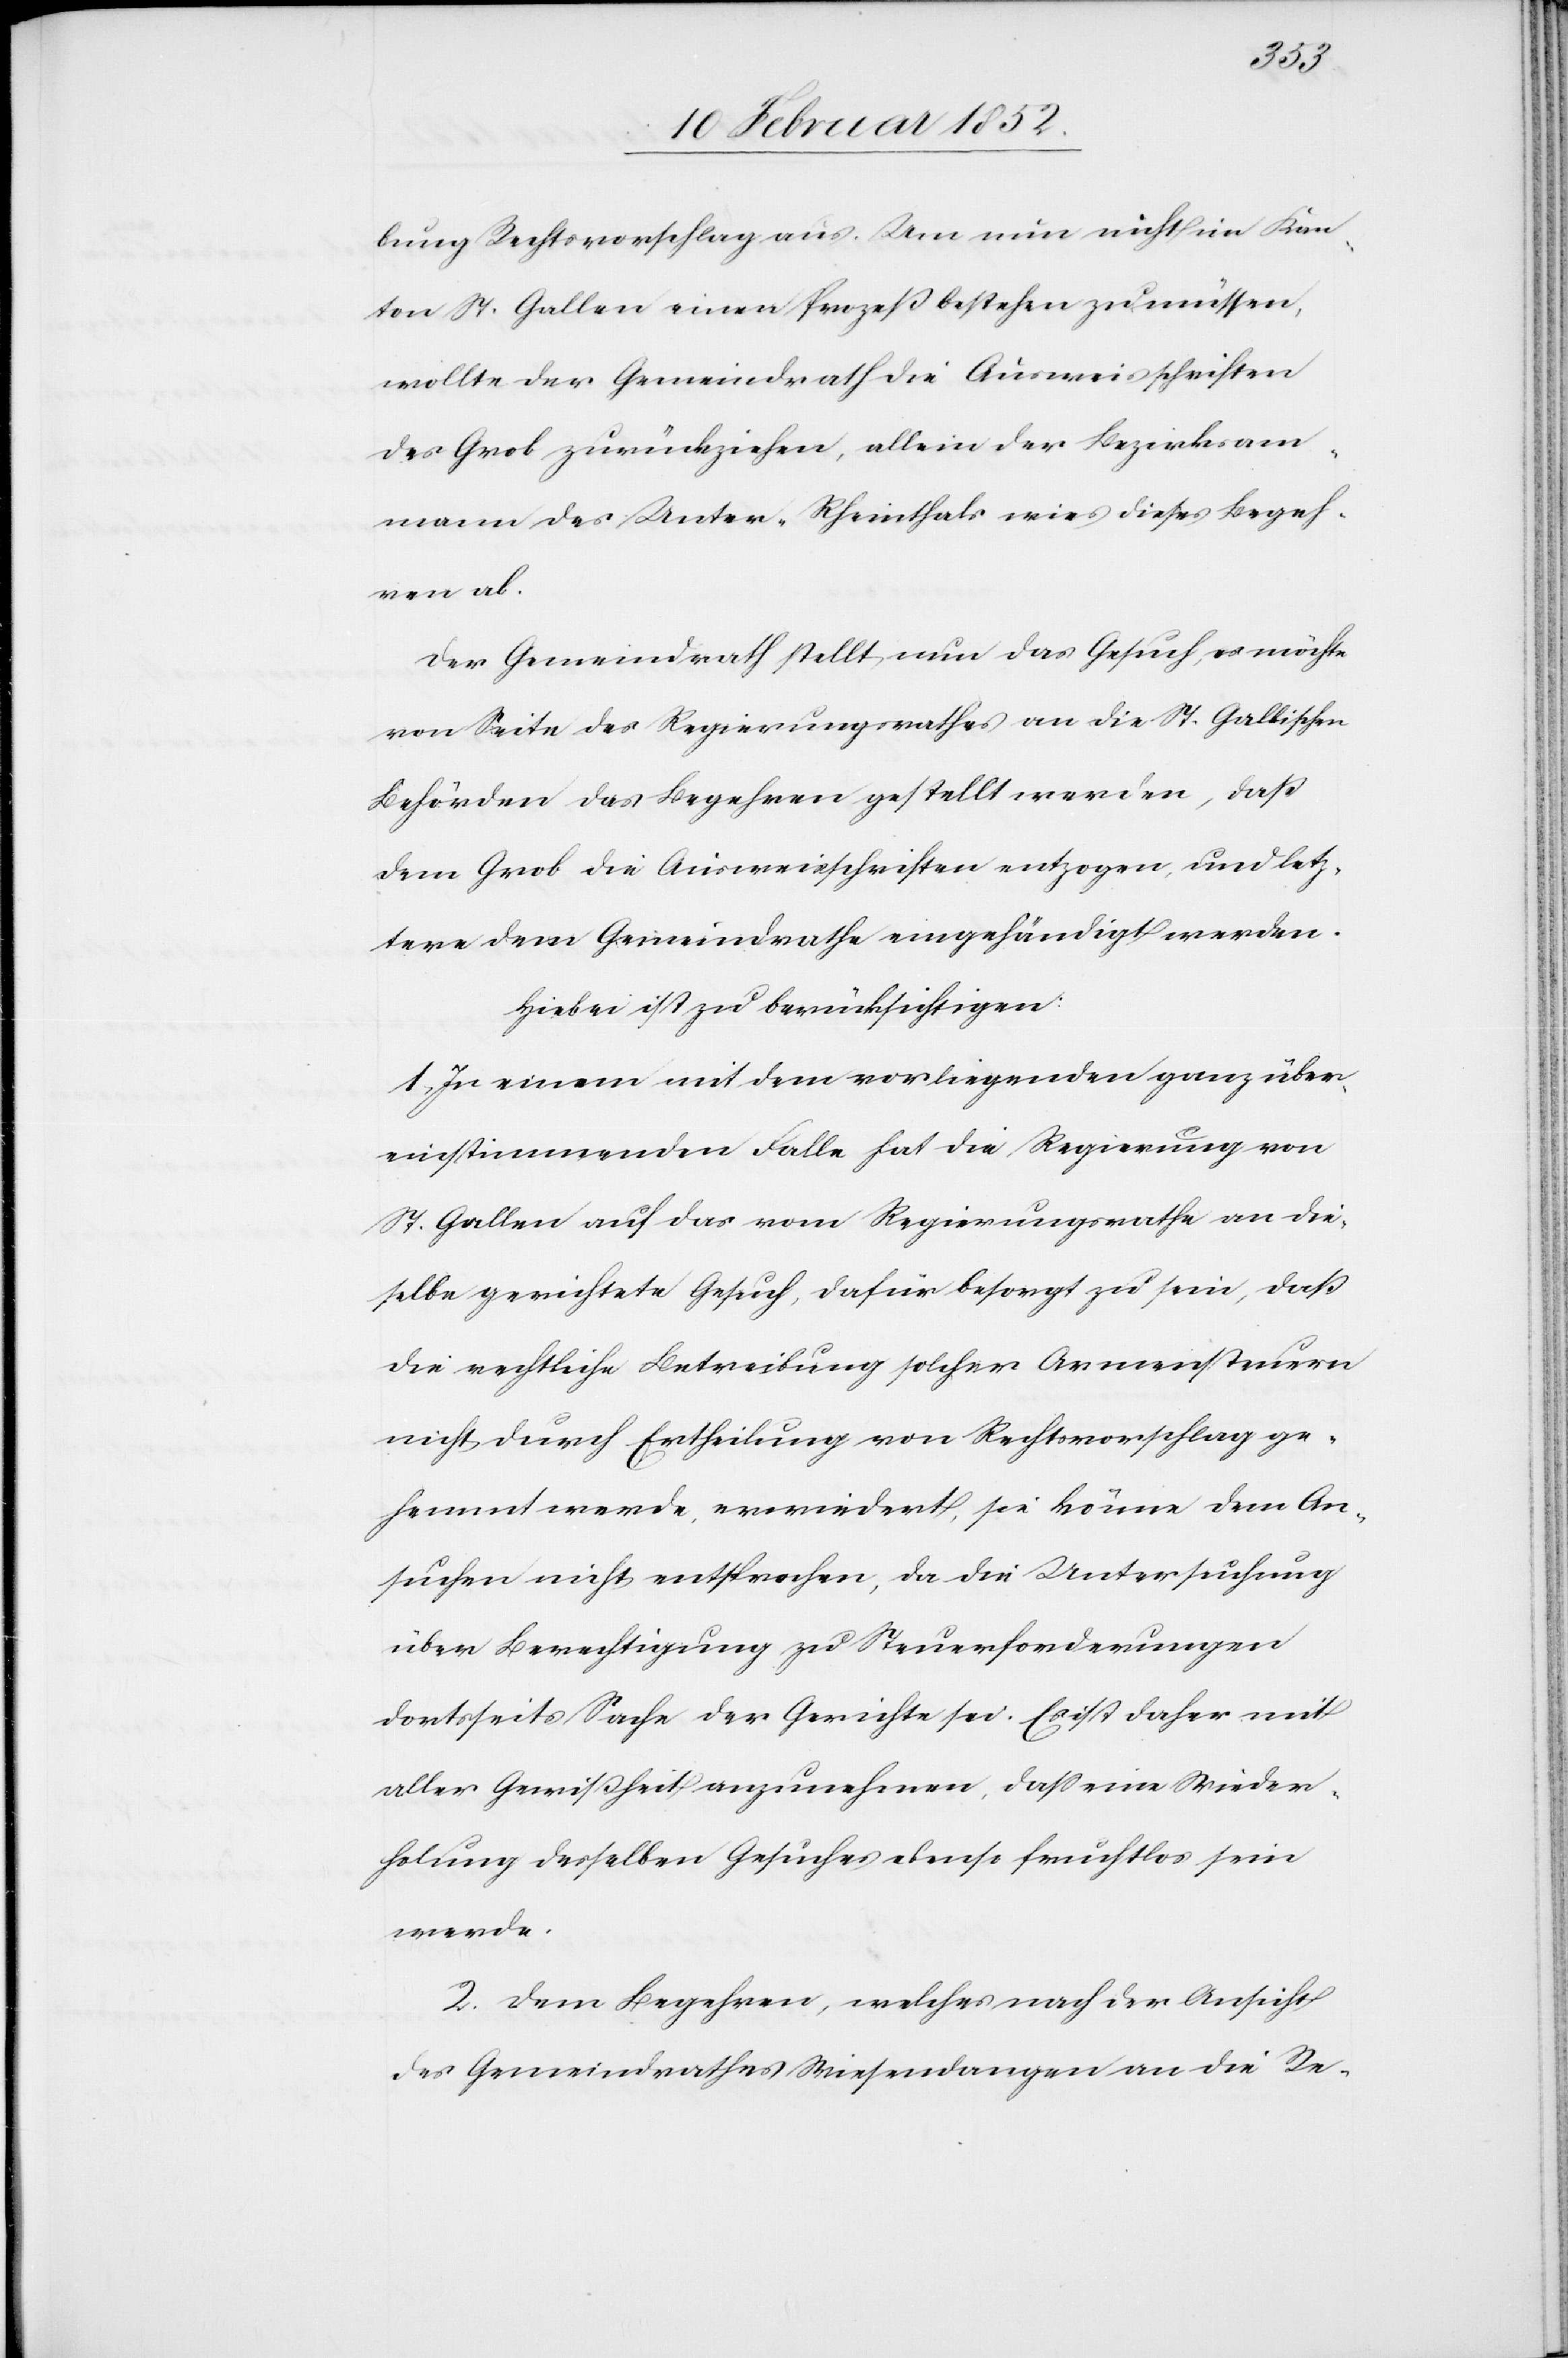
bung Rechtsvorschlag aus. Um nun nicht im Kan¬
ton St. Gallen einen Prozeß bestehen zu müssen,
wollte der Gemeindrath die Ausweisschriften
des Grob zurückziehen, allein der Bezirksam¬
mann des Unter-Rheintals wies dieses Begeh¬
ren ab.
Der Gemeindrath stellt nun das Gesuch, er möchte
von Seite des Regierungsrathes an die St. Gallischen
Behörden das Begehren gestellt werden, daß
dem Grob die Ausweisschriften entzogen, und letz¬
tere dem Gemeindrathe eingehändigt werden.
Hiebei ist zu berücksichtigen:
1) In einem mit dem vorliegenden ganz über¬
einstimmenden Falle hat die Regierung von
St. Gallen auf das vom Regierungsrathe an die¬
selbe gerichtete Gesuch, dafür besorgt zu sein, daß
die rechtliche Betreibung solcher Armensteuern
nicht durch Ertheilung von Rechtsvorschlag ge¬
hemmt werde, erwiedert, sie könne dem An¬
suchen nicht entsprechen, da die Untersuchung
über Berechtigung zu Steuerforderungen
dortsseits Sache der Gerichte sei. Es ist daher mit
aller Gewißheit anzunehmen, daß eine Wieder¬
holung desselben Gesuches ebenso fruchtlos sein
werde.
2. Dem Begehren, welches nach der Ansicht
des Gemeindrathes Wiesendangen an die Re-